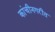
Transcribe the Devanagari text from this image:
कांचीनगरीत